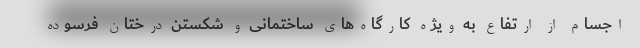
اجسام از ارتفاع به ‌ویژه کارگاه‌های ساختمانی و شکستن درختان فرسوده